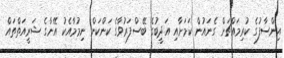
އިންސާފުގެ ކުރިމައްޗަށް ގެނައުން ކަމަށާއި އަދީބުގެ ބޭސްފަރުވާގެ ކަންކަން ނިމުމާއެކު އޭނާގެ ޝަރީއަތްތައް